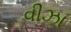
વીઝા